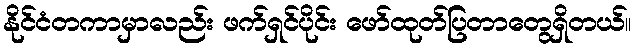
နိုင်ငံတကာမှာလည်း ဖက်ရှင်ပိုင်း ဖော်ထုတ်ပြတာတွေရှိတယ်။